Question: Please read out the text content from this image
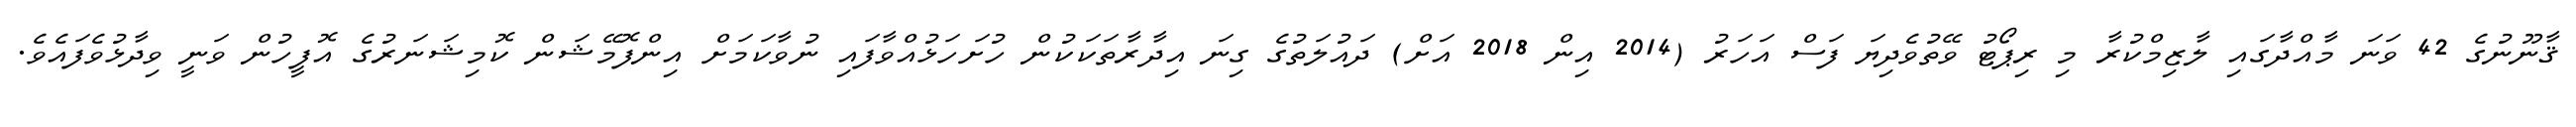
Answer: ޤާނޫނުގެ 42 ވަނަ މާއްދާގައި ލާޒިމްކުރާ މި ރިޕޯޓު ވޭތުވެދިޔަ ފަސް އަހަރު (2014 އިން 2018 އަށް) ދައުލަތުގެ ގިނަ އިދާރާތަކަކުން ހުށަހަޅުއްވާފައި ނުވާކަމަށް އިންފޮމޭޝަން ކޮމިޝަނަރުގެ އޮފީހުން ވަނީ ވިދާޅުވެފައެވެ.